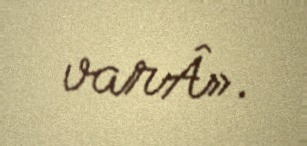
varÂ».